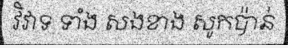
វិវាទ ទាំង សងខាង សូកប៉ាន់